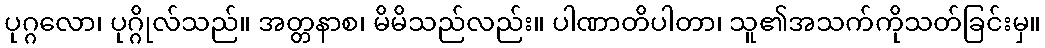
ပုဂ္ဂလော၊ ပုဂ္ဂိုလ်သည်။ အတ္တနာစ၊ မိမိသည်လည်း။ ပါဏာတိပါတာ၊ သူ၏အသက်ကိုသတ်ခြင်းမှ။